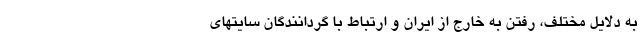
به دلایل مختلف، رفتن به خارج از ایران و ارتباط با گردانندگان سایتهای